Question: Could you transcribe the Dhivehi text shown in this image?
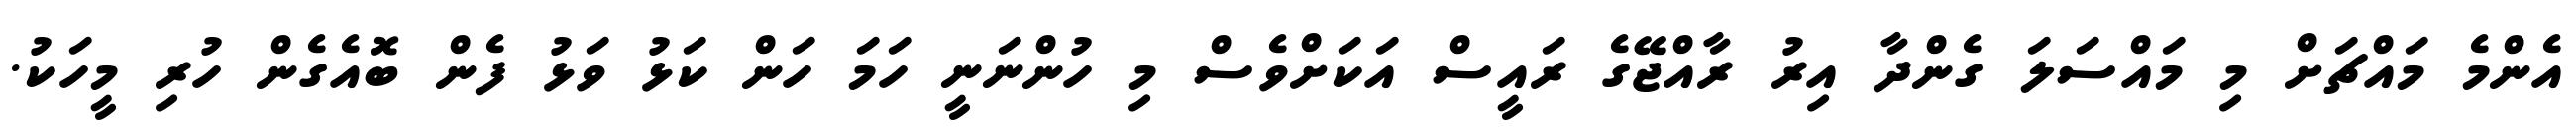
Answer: އެންމެ މައްޗަށް މި މައްސަލަ ގެންދާ އިރު ރާއްޖޭގެ ރައީސް އަކަށްވެސް މި ހުންނަނީ ހަމަ ހަން ކަޅު ވަޅު ފެން ބޮއެގެން ހުރި މީހަކު.